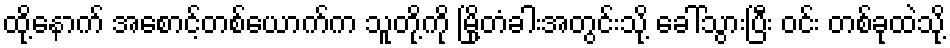
ထို့နောက် အစောင့်တစ်ယောက်က သူတို့ကို မြို့တံခါးအတွင်းသို့ ခေါ်သွားပြီး ဝင်း တစ်ခုထဲသို့